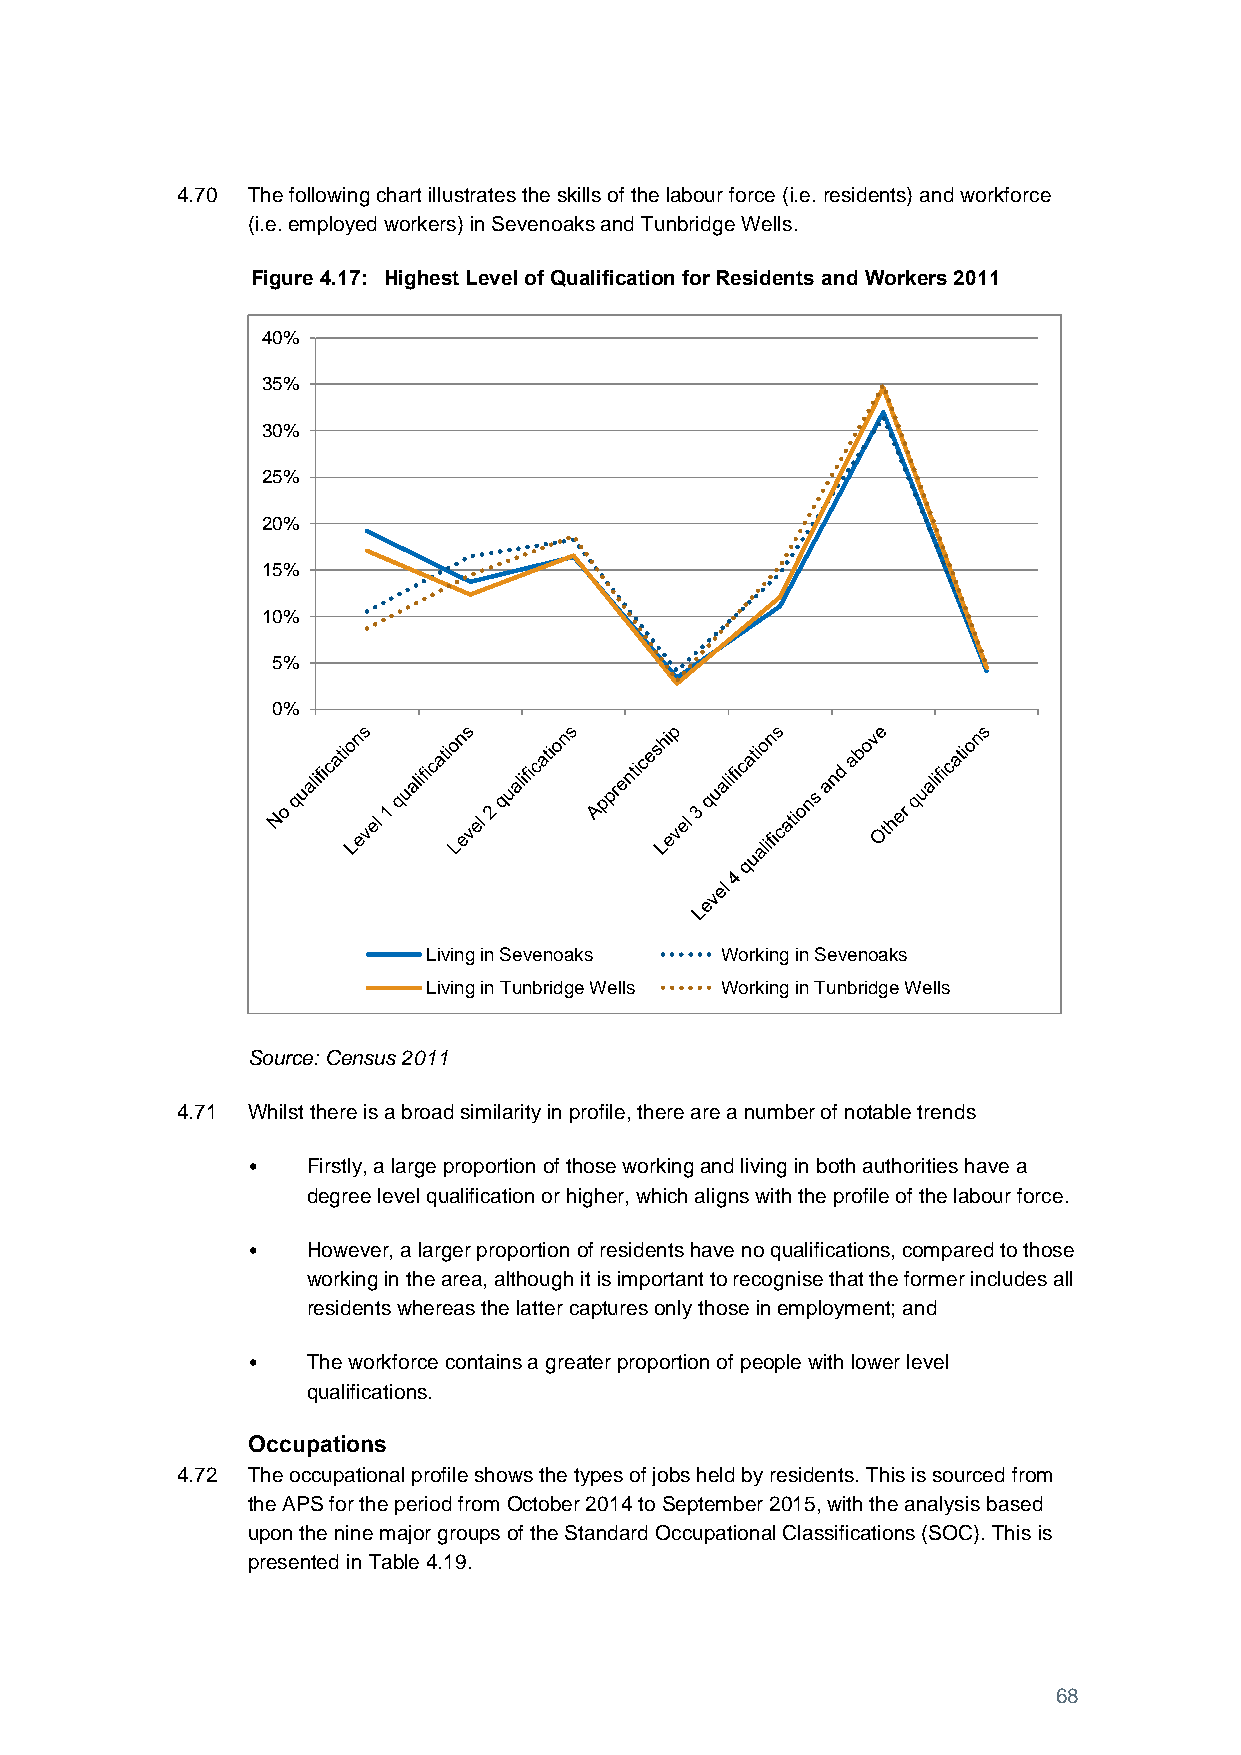
4.70 The following chart illustrates the skills of the labour force (i.e. residents) and workforce
 (i.e. employed workers) in Sevenoaks and Tunbridge Wells.
 Figure 4.17: Highest Level of Qualification for Residents and Workers 2011
 40%
 35%
 30%
 25%
 20%
 15%
 10%
 5%
 0%
 Living in Sevenoaks Working in Sevenoaks
 Living in Tunbridge Wells Working in Tunbridge Wells
 Source: Census 2011
 4.71 Whilst there is a broad similarity in profile, there are a number of notable trends
 •   Firstly, a large proportion of those working and living in both authorities have a
 degree level qualification or higher, which aligns with the profile of the labour force.
 •   However, a larger proportion of residents have no qualifications, compared to those
 working in the area, although it is important to recognise that the former includes all
 residents whereas the latter captures only those in employment; and
 •   The workforce contains a greater proportion of people with lower level
 qualifications.
 Occupations
 4.72 The occupational profile shows the types of jobs held by residents. This is sourced from
 the APS for the period from October 2014 to September 2015, with the analysis based
 upon the nine major groups of the Standard Occupational Classifications (SOC). This is
 presented in Table 4.19.
 68